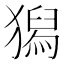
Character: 獡